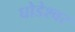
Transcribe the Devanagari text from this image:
घोडेश्वर